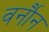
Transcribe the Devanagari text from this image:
वर्नौन